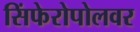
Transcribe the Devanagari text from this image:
सिंफेरोपोलवर